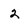
Character: 2